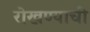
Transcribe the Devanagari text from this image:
रोखण्याची